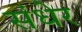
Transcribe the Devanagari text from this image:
संधेर